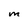
Character: M